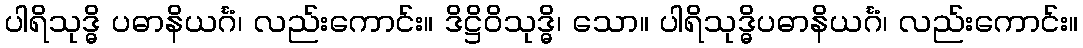
ပါရိသုဒ္ဓိ ပဓာနိယင်္ဂံ၊ လည်းကောင်း။ ဒိဋ္ဌိဝိသုဒ္ဓိ၊ သော။ ပါရိသုဒ္ဓိပဓာနိယင်္ဂံ၊ လည်းကောင်း။